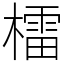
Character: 檑